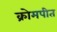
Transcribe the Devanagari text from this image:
क्रोमपीत